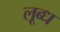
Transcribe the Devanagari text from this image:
लूब्ध